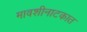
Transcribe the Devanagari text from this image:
मावशीनाटकात